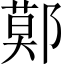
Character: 鄚